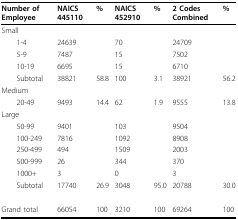
<table><thead><tr><td><b>Number of Employee</b></td><td><b>NAICS 445110</b></td><td><b>%</b></td><td><b>NAICS 452910</b></td><td><b>%</b></td><td><b>2 Codes Combined</b></td><td><b>%</b></td></tr></thead><tbody><tr><td>Small</td><td></td><td></td><td></td><td></td><td></td><td></td></tr><tr><td> 1-4</td><td>24639</td><td></td><td>70</td><td></td><td>24709</td><td></td></tr><tr><td> 5-9</td><td>7487</td><td></td><td>15</td><td></td><td>7502</td><td></td></tr><tr><td> 10-19</td><td>6695</td><td></td><td>15</td><td></td><td>6710</td><td></td></tr><tr><td> Subtotal</td><td>38821</td><td>58.8</td><td>100</td><td>3.1</td><td>38921</td><td>56.2</td></tr><tr><td>Medium</td><td></td><td></td><td></td><td></td><td></td><td></td></tr><tr><td> 20-49</td><td>9493</td><td>14.4</td><td>62</td><td>1.9</td><td>9555</td><td>13.8</td></tr><tr><td>Large</td><td></td><td></td><td></td><td></td><td></td><td></td></tr><tr><td> 50-99</td><td>9401</td><td></td><td>103</td><td></td><td>9504</td><td></td></tr><tr><td> 100-249</td><td>7816</td><td></td><td>1092</td><td></td><td>8908</td><td></td></tr><tr><td> 250-499</td><td>494</td><td></td><td>1509</td><td></td><td>2003</td><td></td></tr><tr><td> 500-999</td><td>26</td><td></td><td>344</td><td></td><td>370</td><td></td></tr><tr><td> 1000+</td><td>3</td><td></td><td>0</td><td></td><td>3</td><td></td></tr><tr><td> Subtotal</td><td>17740</td><td>26.9</td><td>3048</td><td>95.0</td><td>20788</td><td>30.0</td></tr><tr><td>Grand total</td><td>66054</td><td>100</td><td>3210</td><td>100</td><td>69264</td><td>100</td></tr></tbody></table>